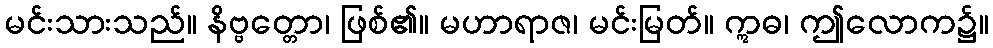
မင်းသားသည်။ နိဗ္ဗတ္တော၊ ဖြစ်၏။ မဟာရာဇ၊ မင်းမြတ်။ ဣဓ၊ ဤလောက၌။